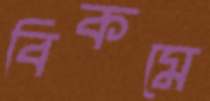
বিকমে